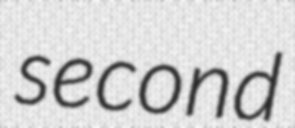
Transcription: second